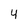
Character: 4